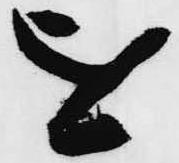
を